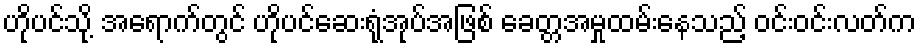
ဟိုပင်သို့ အရောက်တွင် ဟိုပင်ဆေးရုံအုပ်အဖြစ် ခေတ္တအမှုထမ်းနေသည့် ဝင်းဝင်းလတ်က